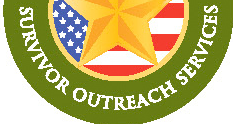
SURVIVOR OUTREACH SERVICES